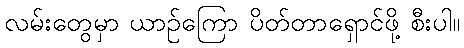
လမ်းတွေမှာ ယာဉ်ကြော ပိတ်တာရှောင်ဖို့ စီးပါ။